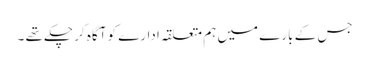
جس کے بارے میں ہم متعلقہ ادارے کو آگاہ کر چکے تھے ۔